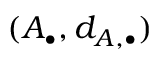
( A _ { \bullet } , d _ { A , \bullet } )